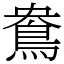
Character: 鴦